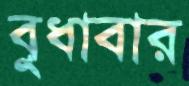
বুধাবার